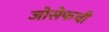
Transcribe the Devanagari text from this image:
जोसेफची